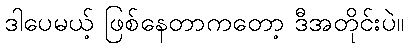
ဒါပေမယ့် ဖြစ်နေတာကတော့ ဒီအတိုင်းပဲ။